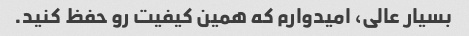
بسیار عالی، امیدوارم که همین کیفیت رو‌ حفظ کنید.